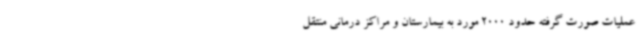
عملیات صورت گرفته حدود 2000 مورد به بیمارستان و مراکز درمانی منتقل